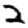
Digit: 2